Vaccination report Assam 1874-1896 - 1874-1896
Year: 1874
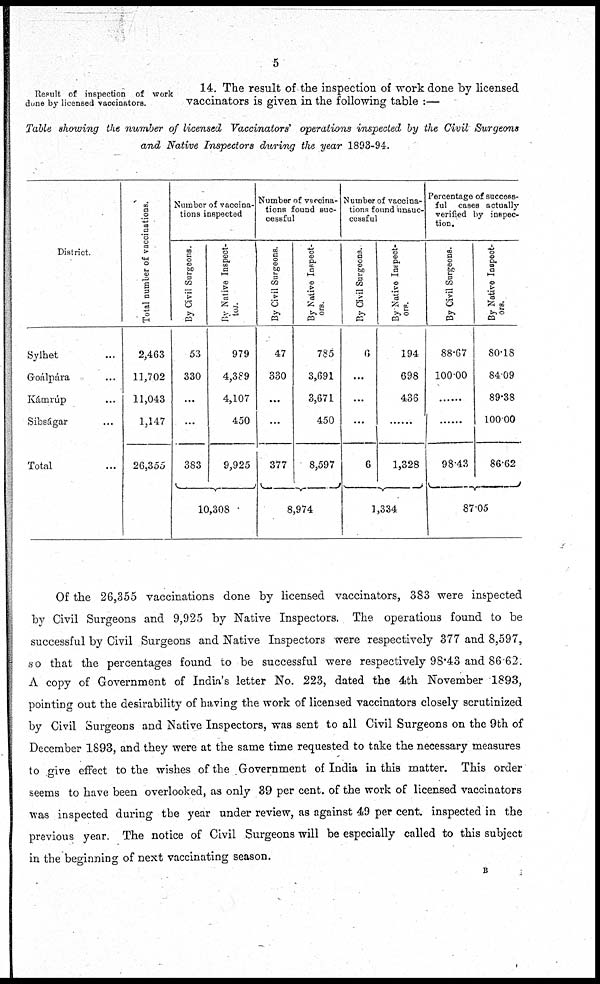
5
Result of inspection of work
done by licensed vaccinators.
14. The result of the inspection of work done by licensed
vaccinators is given in the following table :—
Table showing the number of licensed Vaccinators' operations inspected by the Civil' Surgeons
and Native Inspectors during the year 1893-94.
District.
Sylhet ...
Goálpára ...
Kámrúp ...
Sibságar ...
Total ...
Total number of vaccinations.
2,463
11,702
11,043
1,147
26,355
Number of vaccina-
tions inspected
By Civil Surgeons.
53
330
...
...
383
By Native Inspect-
ior.
979
4,389
4,107
450
9,925
10,308
Number of vaccina¬
tions found suc-
cessful
By Civil Surgeons.
47
330
...
...
377
By Native Inspect-
ors.
785
3,691
3,671
450
8,597
8,974
Number of vaccina-
tions found unsuc-
cessful
By Civil Surgeons.
6
...
...
...
6
By Native Inspect-
ors.
194
698
436
......
1,328
1,334
Percentage of success-
ful cases actually
verified by inspec-
tion.
By Civil Surgeons.
88.67
100.00
......
......
98.43
By Native Inspect-
ors.
80.18
84.09
89.38
100.00
86.62
87.05
Of the 26,355 vaccinations done by licensed vaccinators, 383 were inspected
by Civil Surgeons and 9,925 by Native Inspectors. The operations found to be
successful by Civil Surgeons and Native Inspectors were respectively 377 and 8,597,
so that the percentages found to be successful were respectively 98.43 and 86.62.
A copy of Government of India's letter No. 223, dated the 4th November 1893,
pointing out the desirability of having the work of licensed vaccinators closely scrutinized
by Civil Surgeons and Native Inspectors, was sent to all Civil Surgeons on the 9th of
December 1893, and they were at the same time requested to take the necessary measures
to give effect to the wishes of the Government of India in this matter. This order
seems to have been overlooked, as only 39 per cent. of the work of licensed vaccinators
was inspected during the year under review, as against 49 per cent. inspected in the
previous year. The notice of Civil Surgeons will be especially called to this subject
in the beginning of next vaccinating season.
B